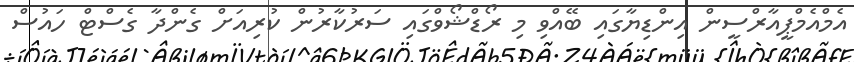
އެމްއެމްޕީއާރްސީން އިންޑިޔާގައި ބޭއްވި މި ރޯޑްޝޯވްގައި ސަރުކާރުން ކުރިއަށް ގެންދާ ގެސްޓް ހައުސް